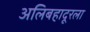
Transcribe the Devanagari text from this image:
अलिबहादूरला